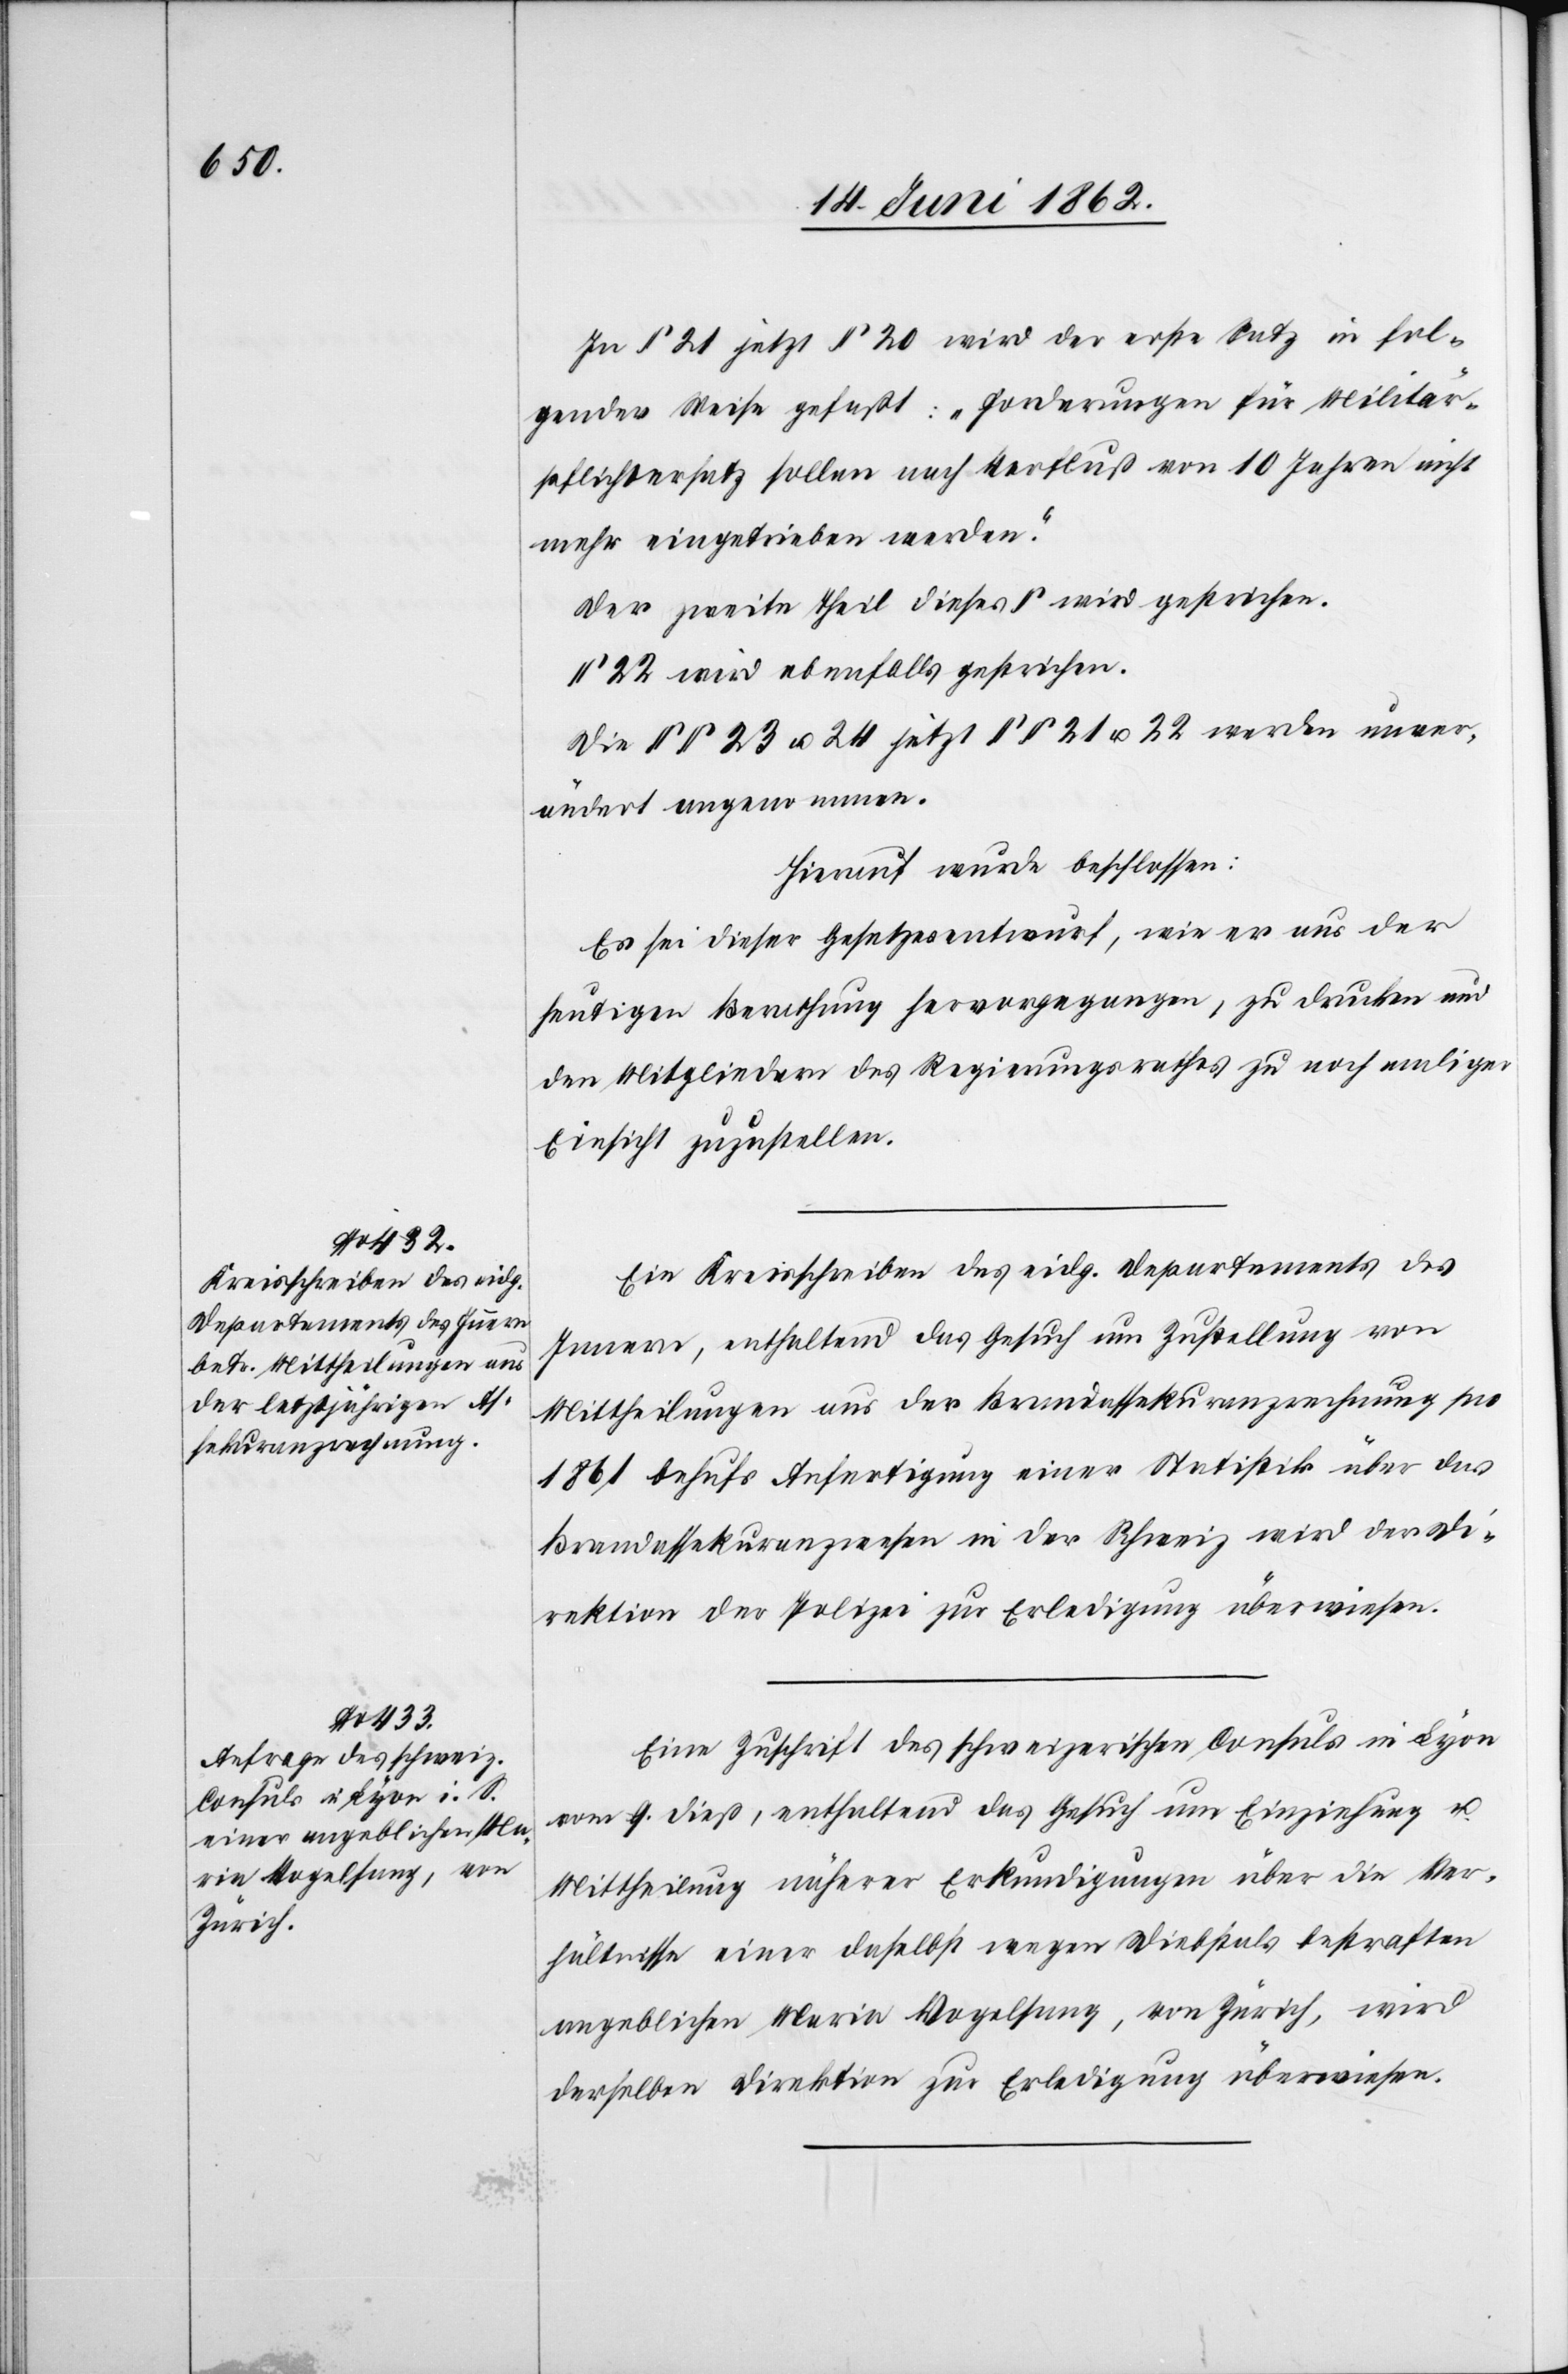
In § 21 jetzt § 20 wird der erste Satz in fol¬
gender Weise gefaßt: „Forderungen für Militär¬
pflichtersatz sollen nach Verfluß von 10 Jahren nicht
mehr eingetrieben werden.“
Der zweite Theil dieses § wird gestrichen.
§ 22 wird ebenfalls gestrichen.
Die §§ 23 u. 24 jetzt §§ 21 u. 22 werden unver¬
ändert angenommen.
Hierauf wurde beschlossen:
Es sei dieser Gesetzesentwurf, wie er aus der
heutigen Berathung hervorgegangen, zu drucken und
den Mitgliedern des Regierungsrathes zu nochmaliger
Einsicht zuzustellen.
Ein Kreisschreiben des eidg. Departements des
Innern, enthaltend das Gesuch um Zustellung von
Mittheilungen aus der Brandassekuranzrechnung pro
1861 behufs Anfertigung einer Statistik über das
Brandassekuranzwesen in der Schweiz wird der Di¬
rektion der Polizei zur Erledigung überwiesen.
Eine Zuschrift des schweizerischen Consuls in Lyon
vom 9. dieß, enthaltend das Gesuch um Einziehung u.
Mittheilung näherer Erkundigungen über die Ver¬
hältnisse einer daselbst wegen Diebstals bestraften
angeblichen Maria Vogelsang, von Zürich, wird
derselben Direktion zur Erledigung überwiesen.